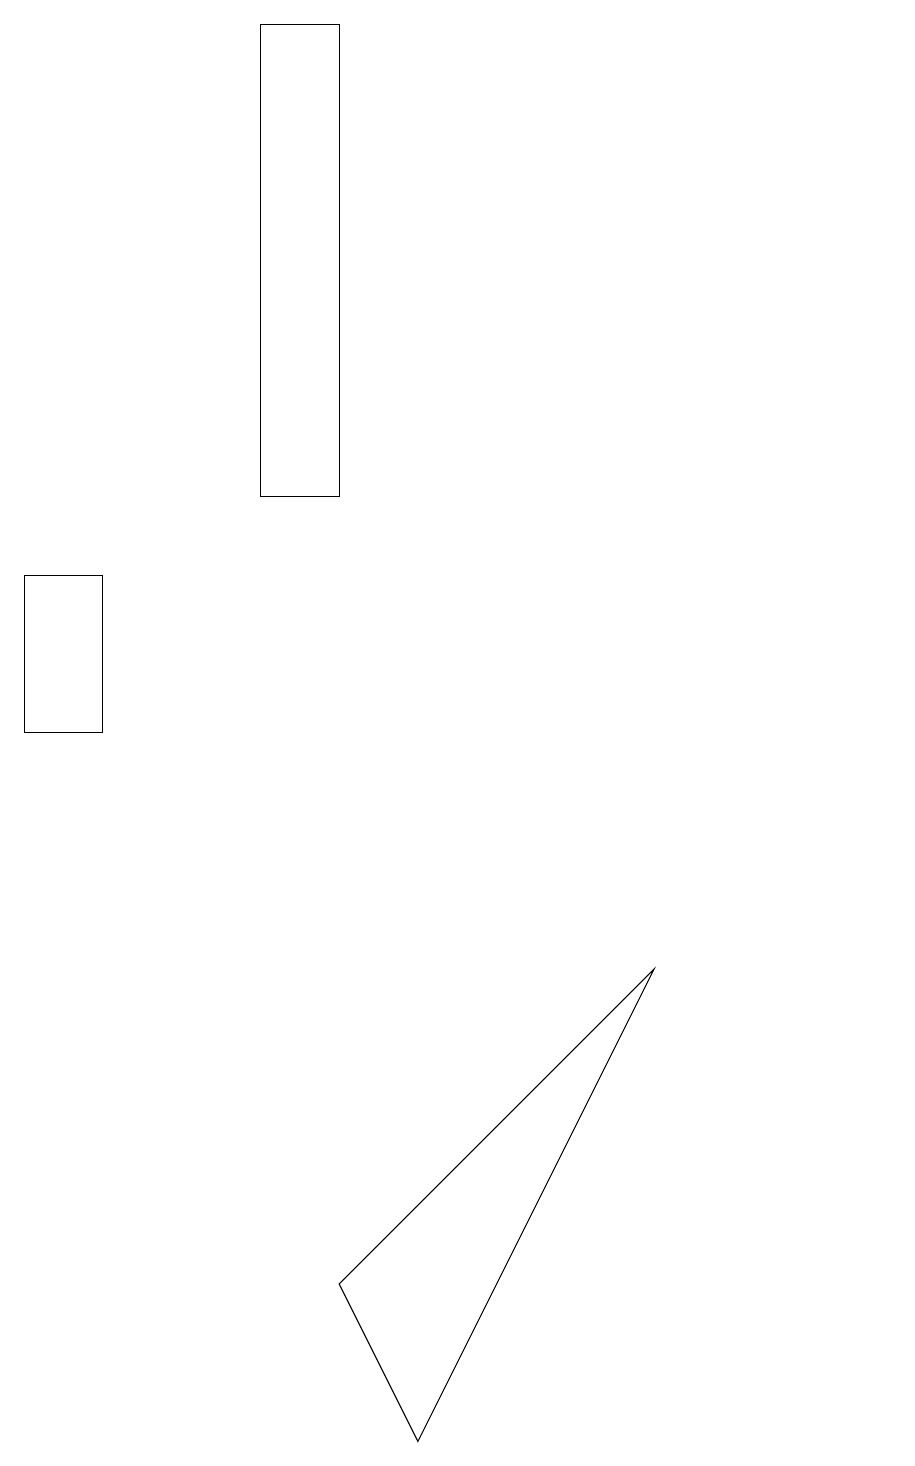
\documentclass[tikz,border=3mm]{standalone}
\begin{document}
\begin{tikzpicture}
\draw (4,19) rectangle (3,13);
\draw (0,12) rectangle (1,10);
\draw (4,3) -- (5,1) -- (8,7) -- cycle;
\draw (11,11) circle (0);
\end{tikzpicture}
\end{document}